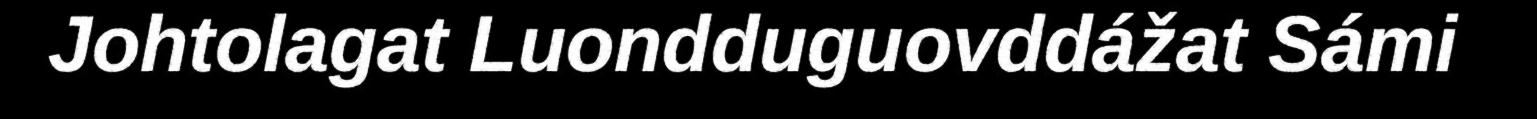
Johtolagat Luondduguovddážat Sámi